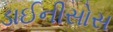
ડાઈનીસોસ